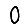
Digit: 0